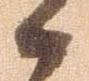
御